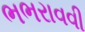
ભભરાવવી